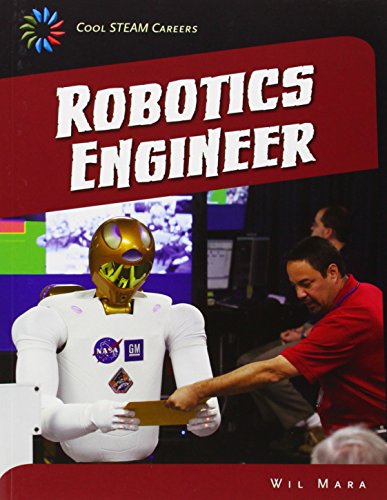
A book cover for Robotics Engineer (21st Century Skills Library: Cool Steam Careers); Wil Mara; Children's Books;